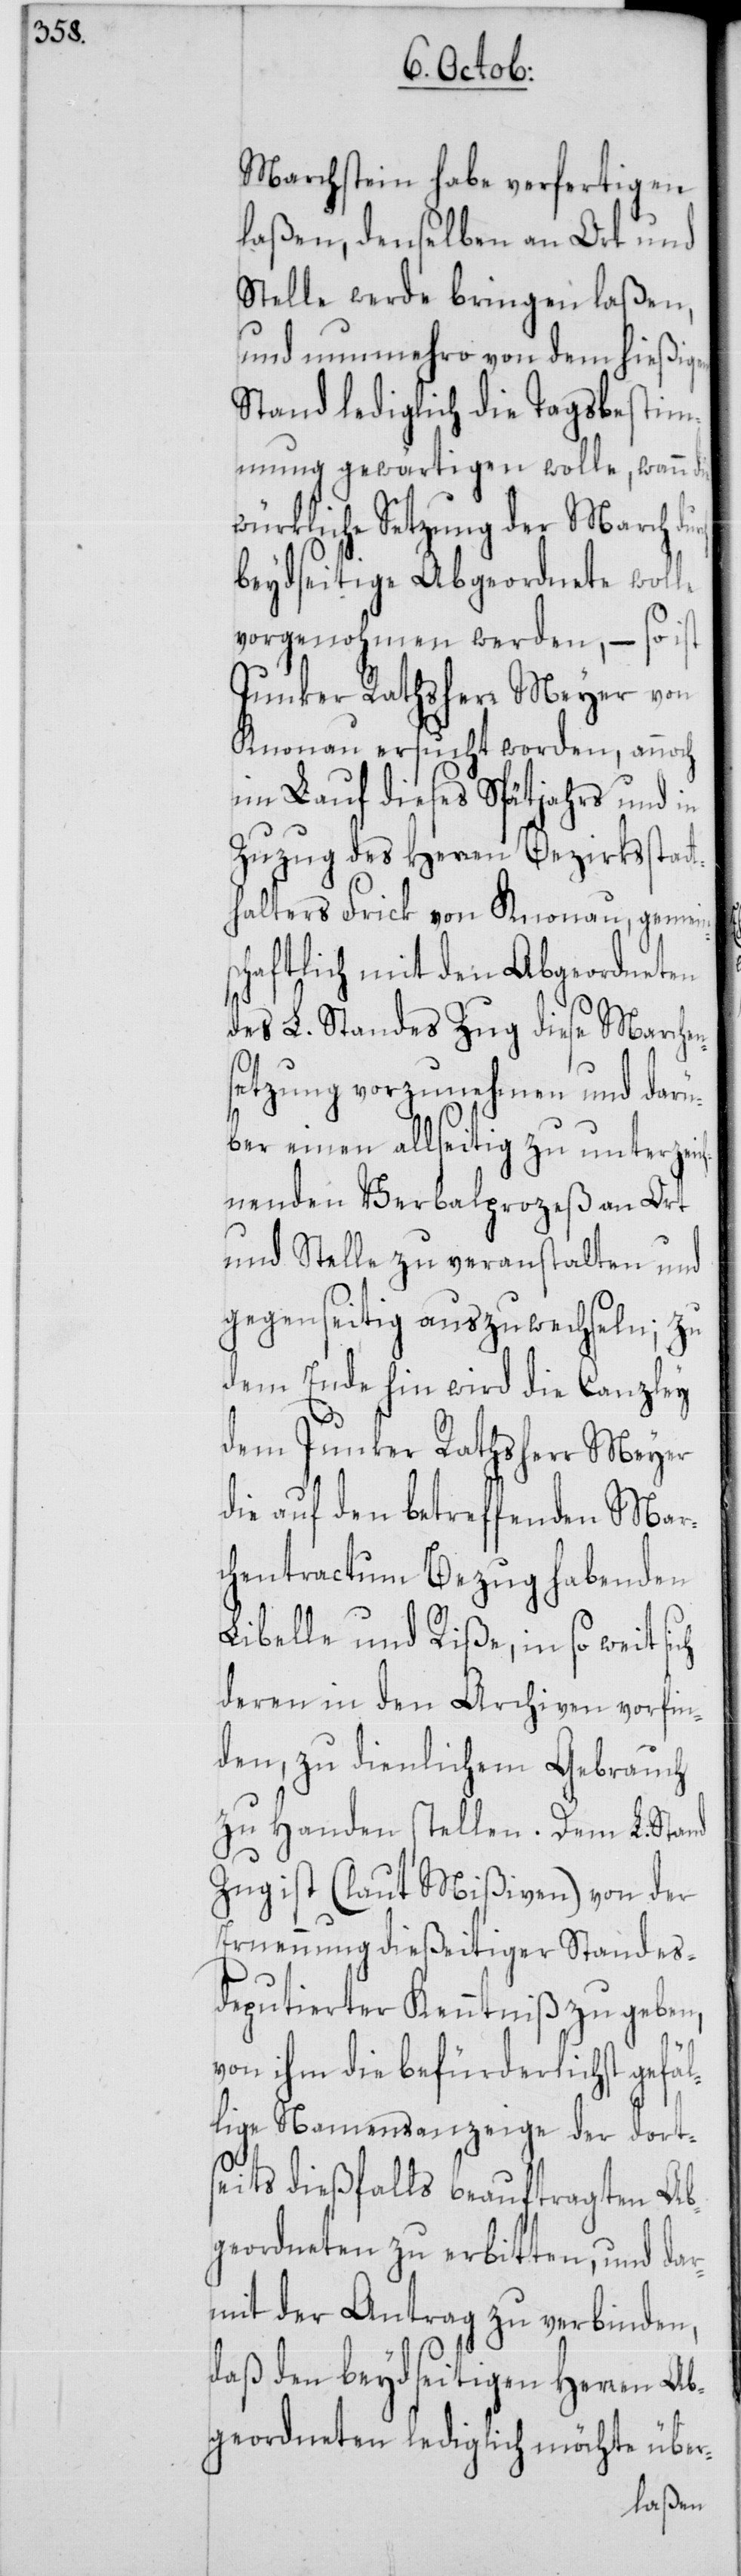
Marchstein habe verfertigen
laßen, denselben an Ort und
Stelle werde bringen laßen,
und nunmehro von dem hießigen
Stand lediglich die Tagsbestim¬
mung gewärtigen wolle, wann die
würkliche Setzung der March
beydseitige Abgeordnete wolle
vorgenohmen werden, – so ist
Junker Rathsherr Meyer von
Knonau ersucht worden, annoch
im Lauf dieses Spätjahrs und in
Zuzug des Herren Bezirksstatt¬
halters Frick von Knonau, gemeins¬
chaftlich mit den Abgeordneten
des L. Standes Zug diese Marchen¬
setzung vorzunehmen und darü¬
ber einen allseitig zu unterzei¬
chnenden Verbalprozeß an Ort
und Stelle zu veranstalten, und
gegenseitig auszuwechseln; zu
dem Ende hin wird die Canzley
dem Junker Rathsherr Meyer
die auf den betreffenden Mar¬
chentractum Bezug habenden
Libelle und Riße, in so weit
deren in den Archiven vorfin¬
den, zu dienlichem Gebrauch
zu Handen stellen. Dem L. Stand
Zug ist (laut Mißiven) von der
Ernennung dießeitiger Standes
deputierter Kenntniß zu geben,
von ihm die befürderlichst gefäl¬
lige Namensanzeige der dorts¬
eits dießfalls beauftragten Ab¬
geordneten zu erbitten, und da¬
rmit der Antrag zu verbinden,
daß den beydseitigen Herren Ab¬
geordneten lediglich möchte über-